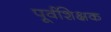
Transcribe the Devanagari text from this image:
पूर्वशिक्षक